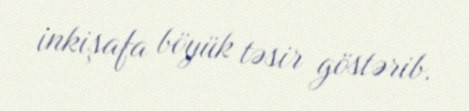
inkişafa böyük təsir göstərib.